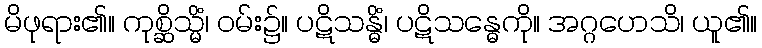
မိဖုရား၏။ ကုစ္ဆိသ္မိံ၊ ဝမ်း၌။ ပဋိသန္ဓိံ၊ ပဋိသန္ဓေကို။ အဂ္ဂဟေသိ၊ ယူ၏။